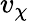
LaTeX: v_{\chi}